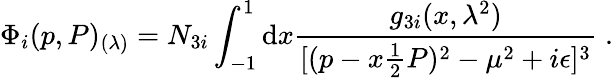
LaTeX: \Phi_{i}(p,P)_{(\lambda)}=N_{3i}\int_{-1}^{1}\mathrm{d}x{\frac{{g_{3i}(x,\lambda^{2})}}{{[(p-x{\frac{{1}}{{2}}}P)^{2}-\mu^{2}+i\epsilon]^{3}}}}\; .